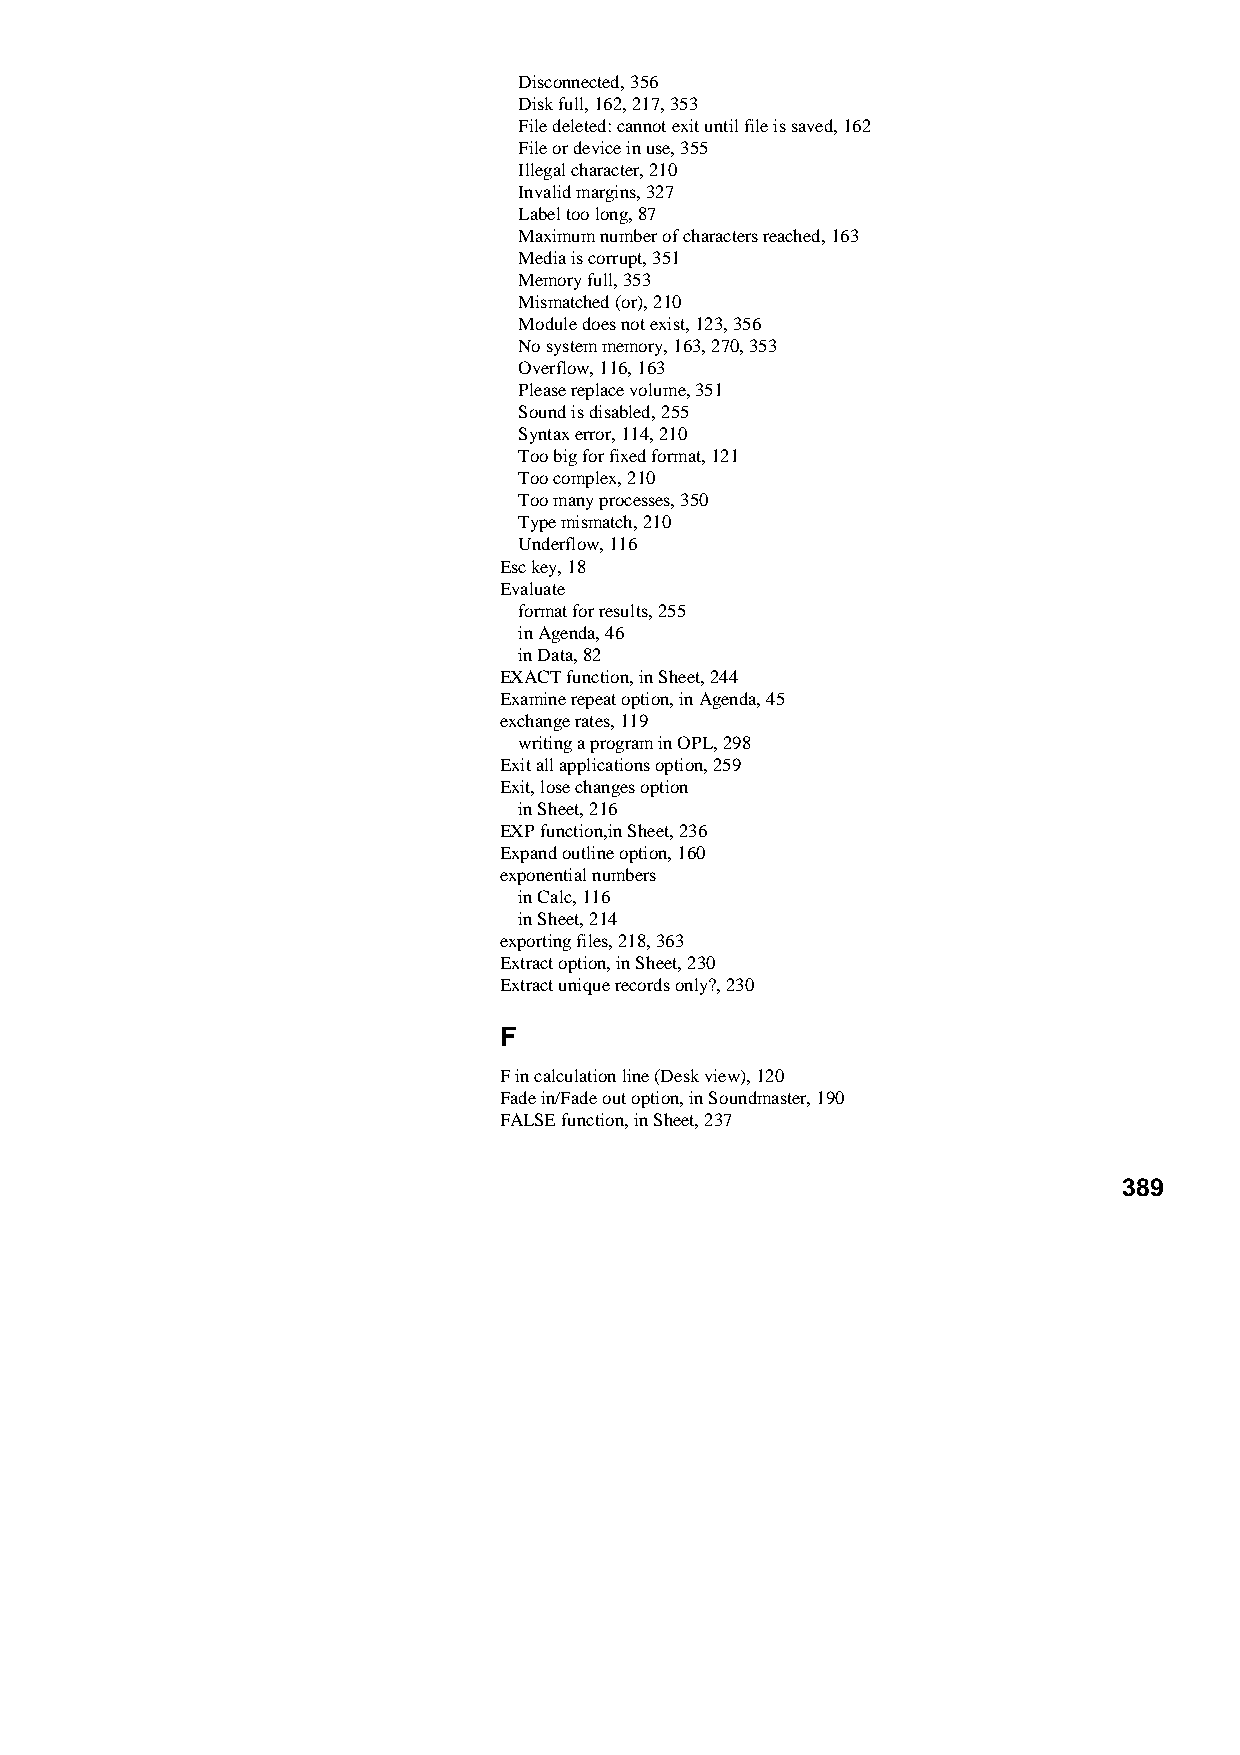
Disconnected, 356
 Disk full, 162, 217, 353
 File deleted: cannot exit until file is saved, 162
 File or device in use, 355
 Illegal character, 210
 Invalid margins, 327
 Label too long, 87
 Maximum number of characters reached, 163
 Media is corrupt, 351
 Memory full, 353
 Mismatched (or), 210
 Module does not exist, 123, 356
 No system memory, 163, 270, 353
 Overflow, 116, 163
 Please replace volume, 351
 Sound is disabled, 255
 Syntax error, 114, 210
 Too big for fixed format, 121
 Too complex, 210
 Too many processes, 350
 Type mismatch, 210
 Underflow, 116
 Esc key, 18
 Evaluate
 format for results, 255
 in Agenda, 46
 in Data, 82
 EXACT function, in Sheet, 244
 Examine repeat option, in Agenda, 45
 exchange rates, 119
 writing a program in OPL, 298
 Exit all applications option, 259
 Exit, lose changes option
 in Sheet, 216
 EXP function,in Sheet, 236
 Expand outline option, 160
 exponential numbers
 in Calc, 116
 in Sheet, 214
 exporting files, 218, 363
 Extract option, in Sheet, 230
 Extract unique records only?, 230
 F
 F in calculation line (Desk view), 120
 Fade in/Fade out option, in Soundmaster, 190
 FALSE function, in Sheet, 237
 389